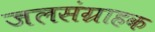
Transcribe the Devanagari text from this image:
जलसंग्राहक